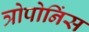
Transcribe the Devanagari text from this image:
त्रोपोनिंस